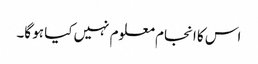
اس کا انجام معلوم نہیں کیا ہو گا۔